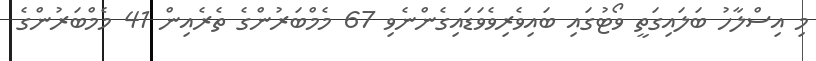
މި އިސްލާހު ބަލައިގަތީ ވޯޓުގައި ބައިވެރިވެވަޑައިގެންނެވި 67 މެމްބަރުންގެ ތެރެއިން 41 މެމްބަރުންގެ